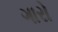
ગારો